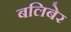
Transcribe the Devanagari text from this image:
बलिबेर